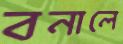
বনালে